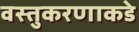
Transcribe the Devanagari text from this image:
वस्तुकरणाकडे